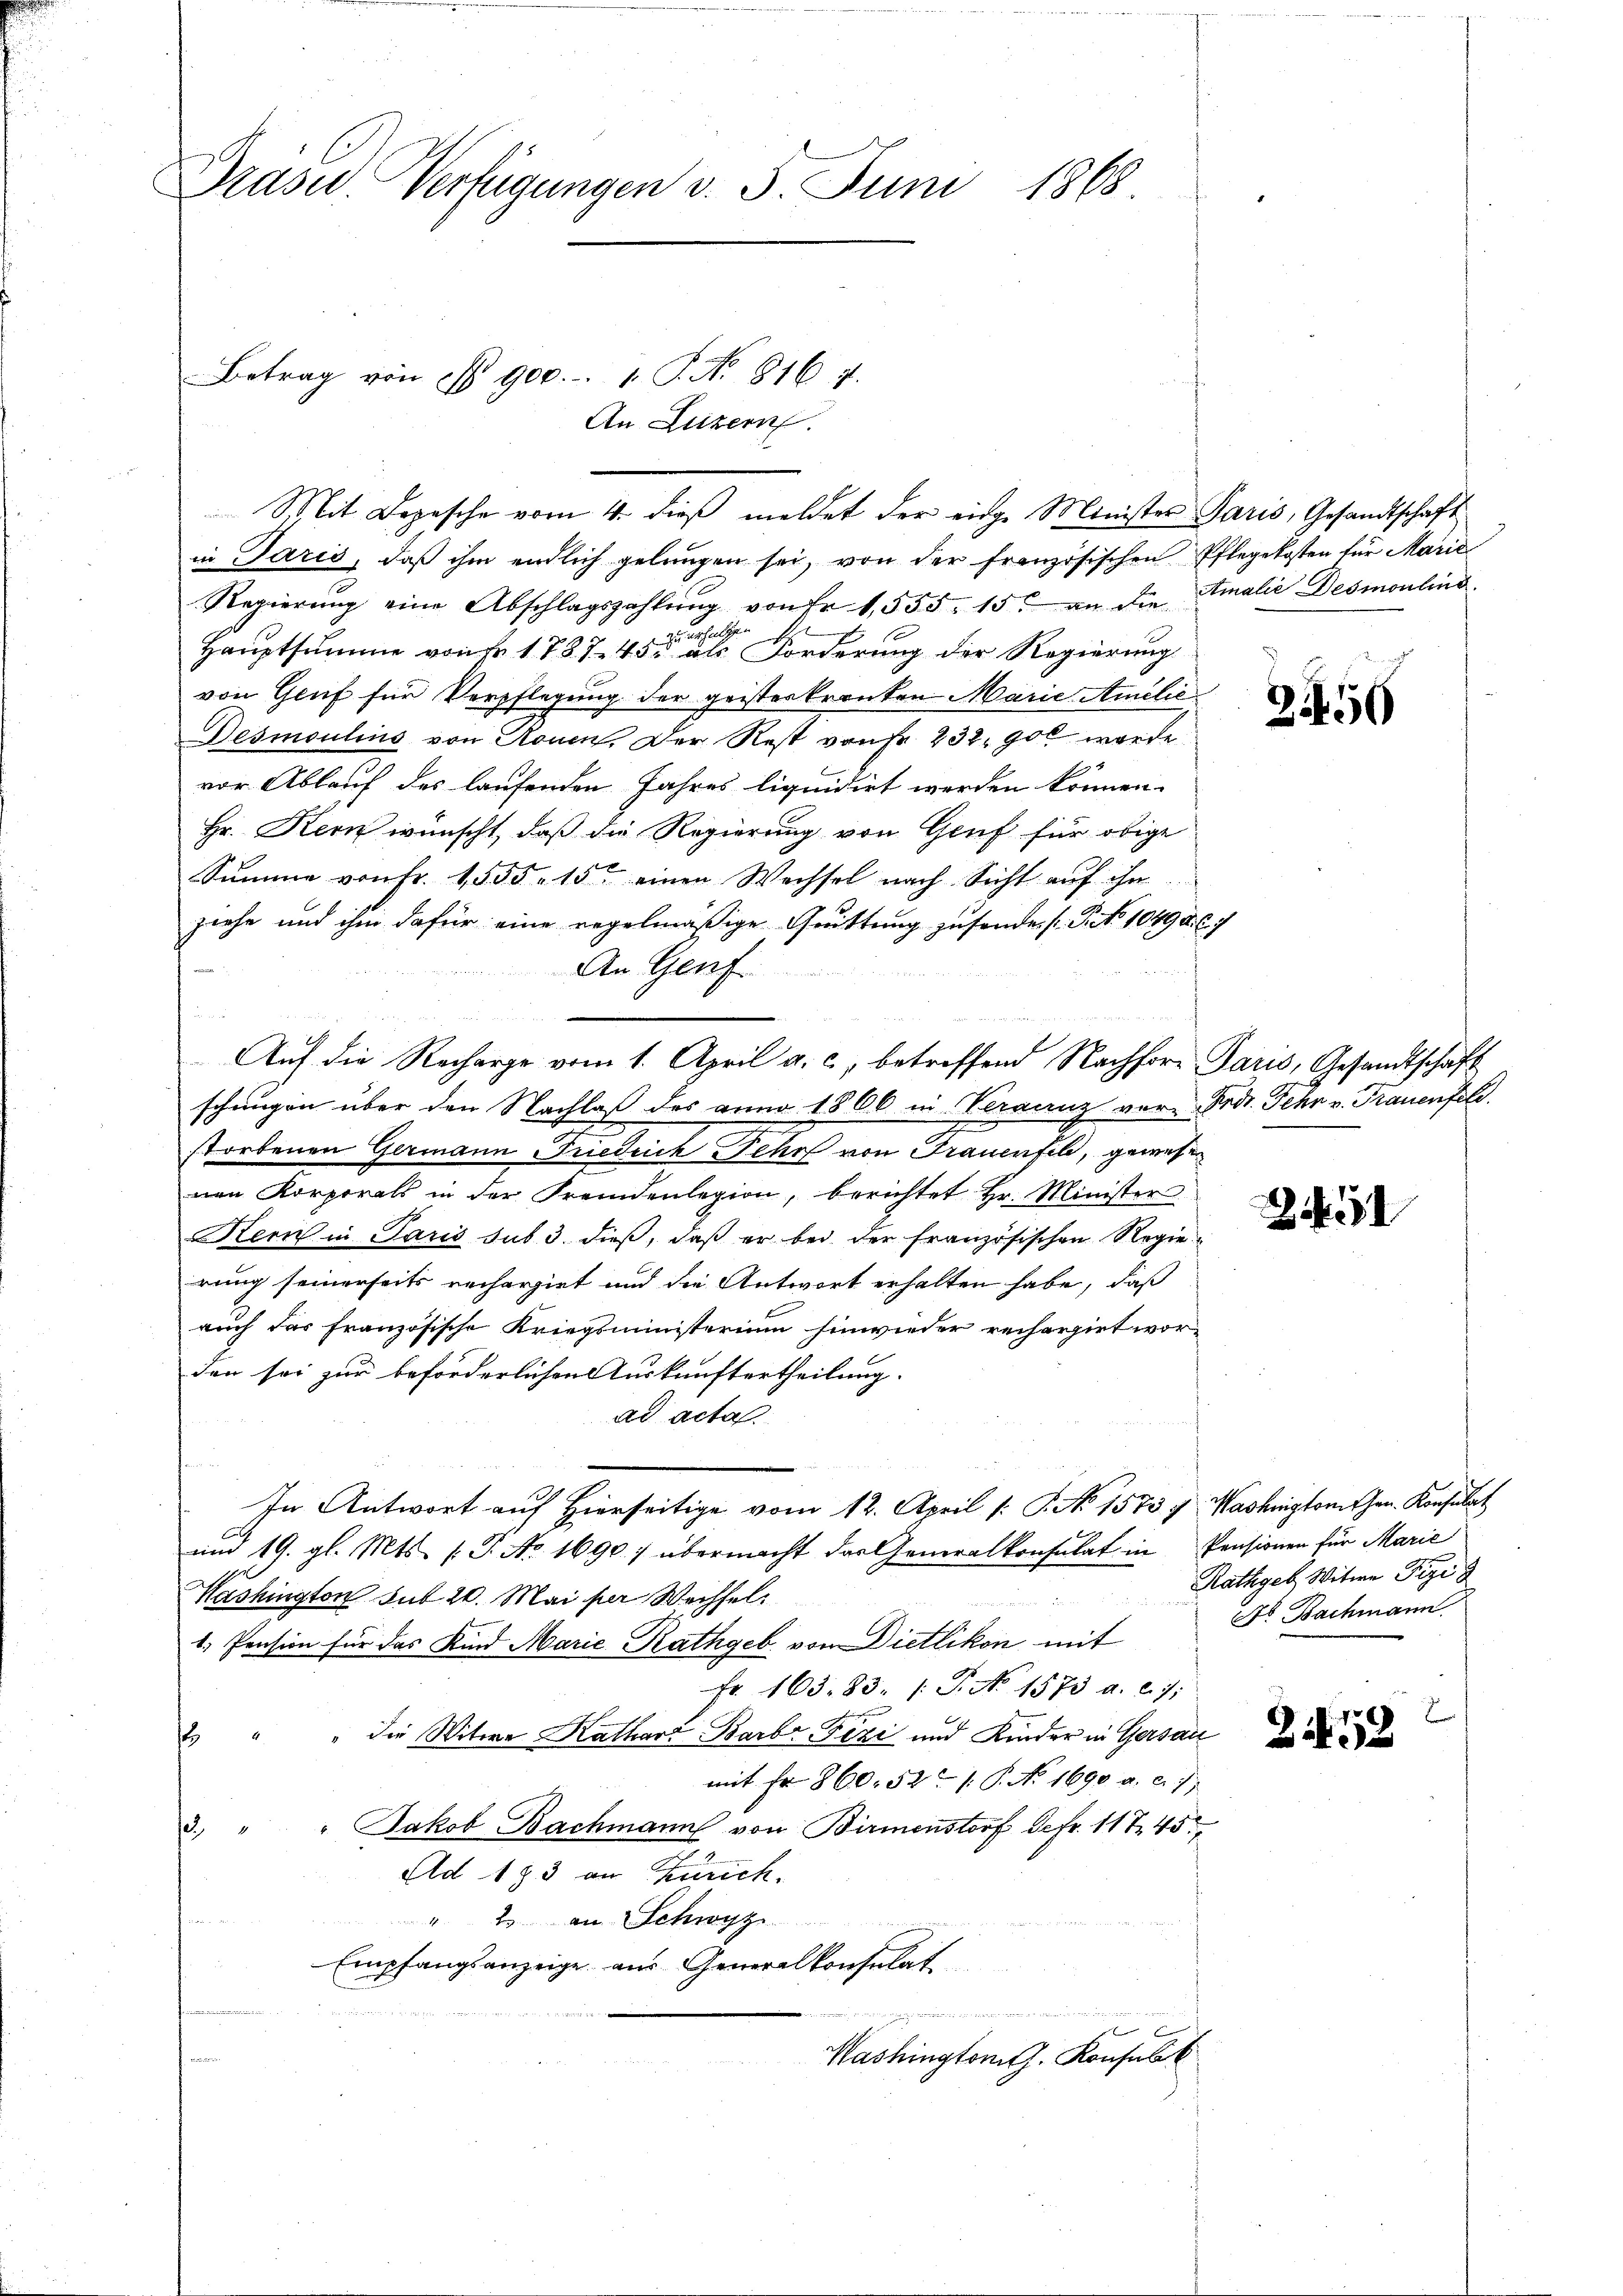
Präser. Verfügungen d. 5. Juni 1868.

Betrag von § 900.-. 1. P. No. 816. 7.
MMit Depesche vom 4. dieß meldet der einge Minister Paris, Gesandtschaft

u
u

in Jarić, daß ihm endlich gelungen sei, von der französischen Pflegekosten für Marić
Regierŭng eine Abschlagszahlŭng von fr. 1555. 15. an die Amalie Desmoulins.
nchalche
Hauptsumme von Fr. 1787. 455 als Forderung der Regierung
von Genf für Verpflegung der geisteskranken Marie Amelić
Desmoulins von Rouen. Der Rest von Fr. 232. 900 werde
vor Ablauf des laufenden Jahres liquidirt werden können.
Hr. Kern wünscht, daß die Regierung von Genf für obige
Summe von Fr. 1555. 15. einen Wechsel nach Sicht auf ihn
ziehe und ihm dafür eine regelmäßige Quittung zu sonders. S. 1049 Frk.
An Genf
Auf die Recharge vom 1. April a. c., betreffend Nachhore Paris, Gesandtschaft
schungen über den Nachlaß des anno 1806 in Franz ver-Frdt. Fehr v. Frauenfeld.
storbenen Germann Friedrich Fehr von Frauenfel, gewesen
nen Korporals in der Fremdenlegion, berichtet Hr. Minister
Kern in Paris sub 3. dieß, daß er bei der französischen Regierung seinerseits rechergiet und die Antwort erhalten habe, daß
auch der französische Kriegsministerium hinwieder rechargirt worden sei zur beförderlichen Auskunftertheilung.
ad acta
In Antwort auf Hierseitige vom 12. April /: P. No. 1573 f. Washingtonthen. Konsulat
um 19. gl. Mts. (T. No. 1690) übermacht das Generalkonsulat in Pensionen für Marie
1
Washington sub 20. Mai per Wechsel
1. Pension für das Kind Marie Rathgeb. von Dietlikon mit
Fr. 163. 83. /: P. No 1573 a. c. 1;
2 " " die Witwe Katharz Barbr Fezi und Kinder in Gersau
mit Fr. 860. 521 P. No. 1690 a. c. 7
3. " " Jakob Bachmann von Birmenstorf Gefr. 117 45
Ad 183 an Zürich,
" 2 an Schwyz
Empfangsanzeige aus Generalkonsulat

Mashingtont. Konsult

An Luzern.

2156

2

Rathgeb Witwe Pizi
No Bachmann

258